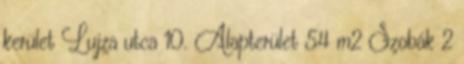
kerület Lujza utca 10. Alapterület 54 m2 Szobák 2